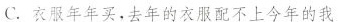
C.衣服年年买，去年的衣服配不上今年的我